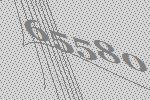
65580